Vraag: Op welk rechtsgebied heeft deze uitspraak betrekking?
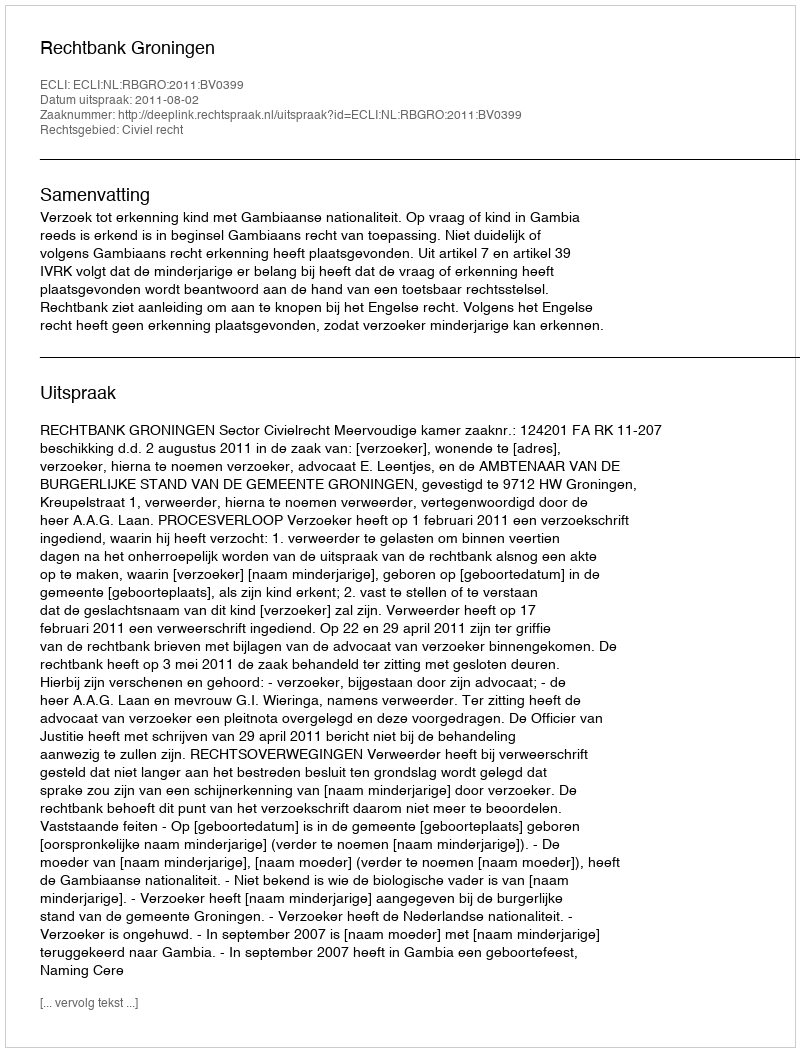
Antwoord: Civiel recht